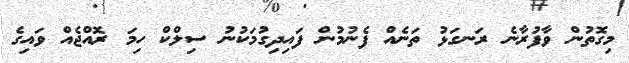
މިގޮތުން ވާފުރާނެ ރަނގަޅު ތަނެއް ފެނުމުން ފައިދިގުމަކުނު ސިލްކް ހިމަ ރޮއްޖެއް ވައިގެ